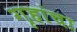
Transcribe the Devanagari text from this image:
गृहांचा